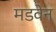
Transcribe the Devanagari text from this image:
मडवेन